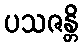
ပသဇန္တိ